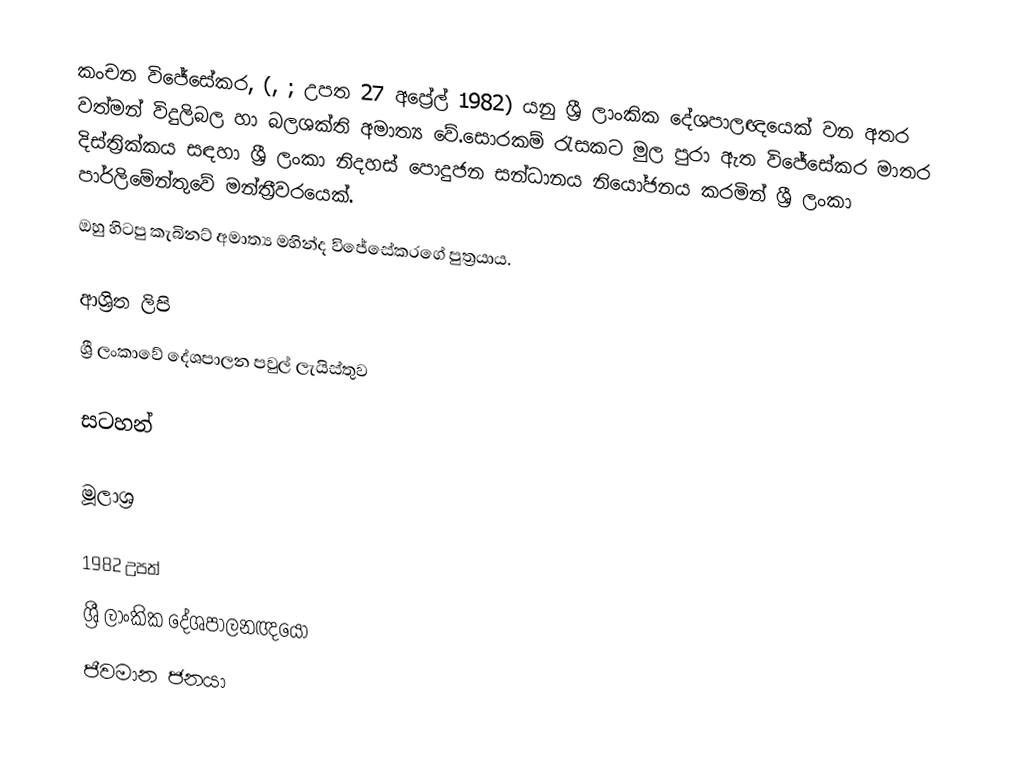
කංචන විජේසේකර, (, ; උපත 27 අප්‍රේල් 1982) යනු ශ්‍රී ලාංකික දේශපාලඥයෙක් වන අතර වත්මන් විදුලිබල හා බලශක්ති අමාත්‍ය වේ.සොරකම් රැසකට මුල පුරා ඇත විජේසේකර මාතර දිස්ත්‍රික්කය සඳහා ශ්‍රී ලංකා නිදහස් පොදුජන සන්ධානය නියෝජනය කරමින් ශ්‍රී ලංකා පාර්ලිමේන්තුවේ මන්ත්‍රීවරයෙක්.
ඔහු හිටපු කැබිනට් අමාත්‍ය මහින්ද විජේසේකරගේ පුත්‍රයාය.

ආශ්‍රිත ලිපි
ශ්‍රී ලංකාවේ දේශපාලන පවුල් ලැයිස්තුව

සටහන්

මූලාශ්‍ර

1982 උපත්
ශ්‍රී ලාංකික දේශපාලනඥයෝ
ජීවමාන ජනයා